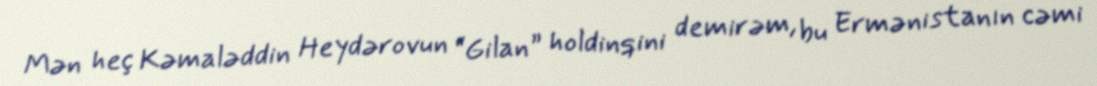
Mən heç Kəmaləddin Heydərovun “Gilan” holdinqini demirəm, bu Ermənistanın cəmi